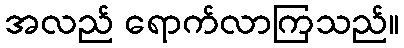
အလည် ရောက်လာကြသည်။